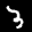
Label: 3